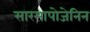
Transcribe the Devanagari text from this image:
सारसापोजेनिन